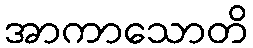
အာကာသောတိ